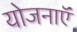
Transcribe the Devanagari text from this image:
योजनाऍं